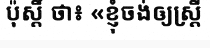
ប៉ុស្តិ៍ ថា៖ «ខ្ញុំចង់ឲ្យស្ត្រី